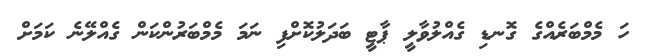
ހަ މެމްބަރެއްގެ ގޮނޑި ގެއްލުވާލީ ޕާޓީ ބަދަލުކޮށްފި ނަމަ މެމްބަރުންކަން ގެއްލޭނެ ކަމަށް